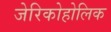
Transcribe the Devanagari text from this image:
जेरिकोहोलिक